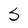
Character: S